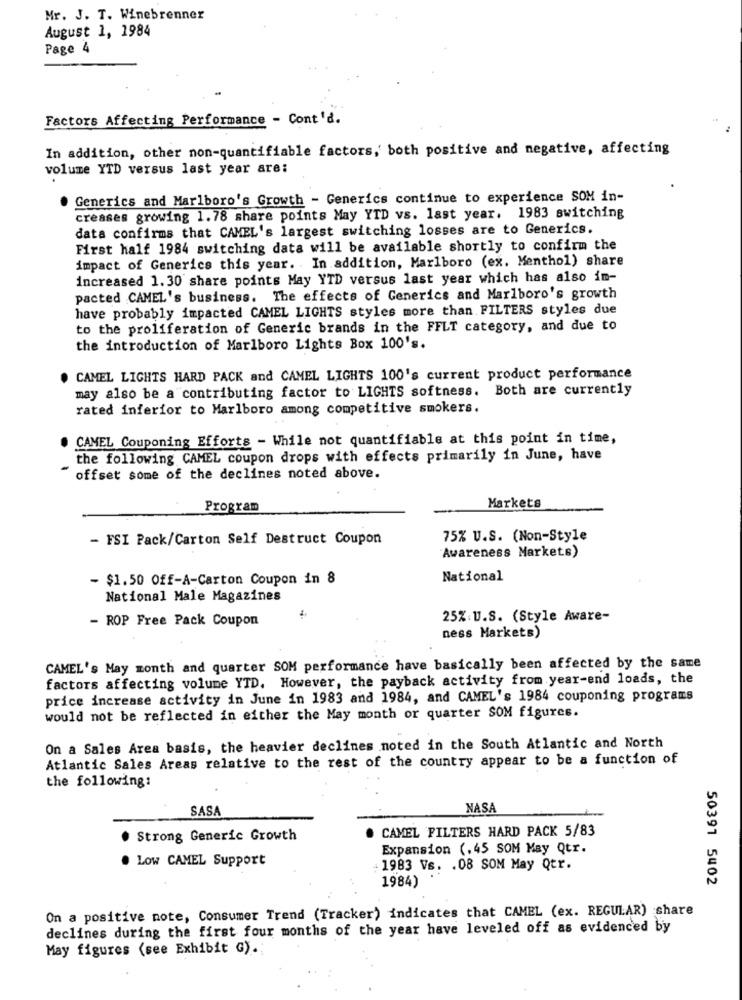
Mr. J. T. Winebrenner
August 1, 1984
Page 4
Factors Affecting Performance - Cont'd.
In addition, other non-quantifiable factors, both positive and negative, affecting
volume YTD versus last year are:
Generics and Marlboro's Growth - Generics continue to experience SOM in-
creases growing 1.78 share points May YTD vs. last year. 1983 switching
data confirms that CAMEL's largest switching losses are to Generics.
First half 1984 switching data will be available shortly to confirm the
impact of Generics this year. In addition, Marlboro (ex. Menthol) share
increased 1.30 share points May YTD versus last year which has also im-
pacted CAMEL's business. The effects of Generics and Marlboro's growth
have probably impacted CAMEL LIGHTS styles more than FILTERS styles due
to the proliferation of Generic brands in the FFLT category, and due to
the introduction of Marlboro Lights Box 100's.
. CAMEL LIGHTS HARD PACK and CAMEL LIGHTS 100's current product performance
may also be a contributing factor to LIGHTS softness. Both are currently
rated inferior to Marlboro among competitive smokers.
CAMEL Couponing Efforts - While not quantifiable at this point in time,
the following CAMEL coupon drops with effects primarily in June, have
offset some of the declines noted above.
Program
Markets
- FSI Pack/Carton Self Destruct Coupon
75% U.S. (Non-Style
Awareness Markets)
- $1.50 Off-A-Carton Coupon in 8
National
National Male Magazines
- ROP Free Pack Coupon
25% U.S. (Style Aware-
ness Markets)
CAMEL's May month and quarter SOM performance have basically been affected by the same
factors affecting volume YTD. However, the payback activity from year-end loads, the
price increase activity in June in 1983 and 1984, and CAMEL's 1984 couponing programs
would not be reflected in either the May month or quarter SOM figures.
On a Sales Area basis, the heavier declines noted in the South Atlantic and North
Atlantic Sales Areas relative to the rest of the country appear to be a function of
the following:
SASA
NASA
CAMEL FILTERS HARD PACK 5/83
Strong Generic Growth
Expansion (.45 SOM May Qtr.
. Low CAMEL Support
1983 Vs. . 08 SOM May Qtr.
1984)
50391 5402
On a positive note, Consumer Trend (Tracker) indicates that CAMEL (ex. REGULAR) share
declines during the first four months of the year have leveled off as evidenced by
May figures (see Exhibit G).